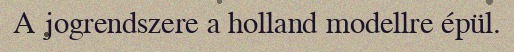
A jogrendszere a holland modellre épül.